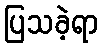
ပြသခဲ့ရာ